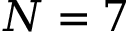
N = 7